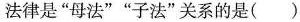
法律是”母法””子法”关系的是()